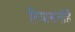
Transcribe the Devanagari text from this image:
रियासतोंहै